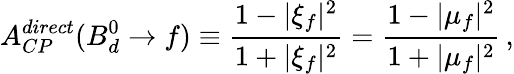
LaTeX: A_{CP}^{direct}(B_{d}^{0}\to f)\equiv\frac{1-|\xi_{f}|^{2}}{1+|\xi_{f}|^{2}}=\frac{1-|\mu_{f}|^{2}}{1+|\mu_{f}|^{2}}\, ,